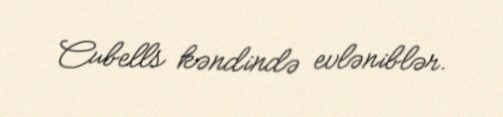
Cubells kəndində evləniblər.